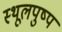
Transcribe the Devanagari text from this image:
स्थूलपुष्प